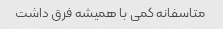
متاسفانه کمی با همیشه فرق داشت